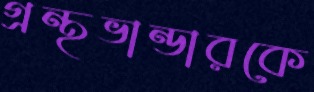
গ্রন্থভান্ডারকে